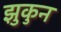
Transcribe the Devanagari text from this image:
झुकुन